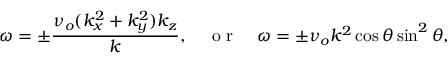
\omega = \pm \frac { \nu _ { o } ( k _ { x } ^ { 2 } + k _ { y } ^ { 2 } ) k _ { z } } { k } , \quad \textrm { o r } \quad \omega = \pm \nu _ { o } k ^ { 2 } \cos \theta \sin ^ { 2 } \theta ,